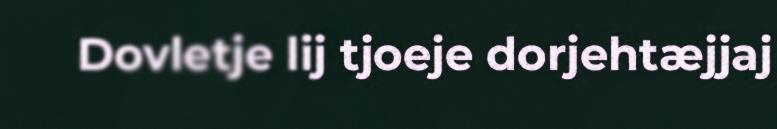
Dovletje lij tjoeje dorjehtæjjaj